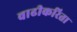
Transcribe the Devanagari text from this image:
वाढीकरिता